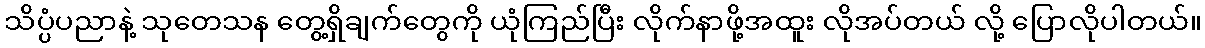
သိပ္ပံပညာနဲ့ သုတေသန တွေ့ရှိချက်တွေကို ယုံကြည်ပြီး လိုက်နာဖို့အထူး လိုအပ်တယ် လို့ ပြောလိုပါတယ်။